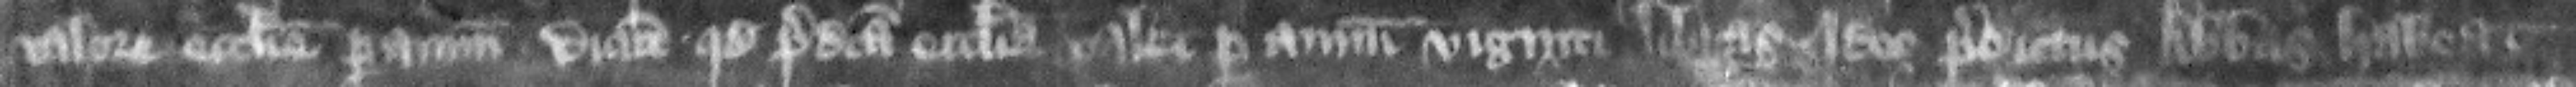
valore ecclesie per annum dicunt quod predicta ecclesia valet per annum viginti libras. Ideo predicts abbas habeat